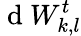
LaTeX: \mathrm{~d~}W_{k,l}^{t}